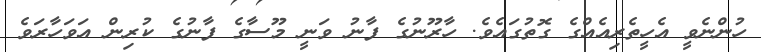
ހުންނެވީ އެހީތެރިއެއްގެ ގޮތުގައެވެ. ހާރޫނުގެ ފާނު ވަނީ މޫސާގެ ފާނުގެ ކުރިން އަވަހާރަވެ